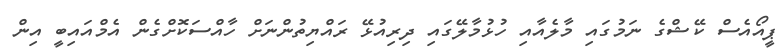
ޕީއޯއެސް ކޭޝްގެ ނަމުގައި މާލެއާއި ހުޅުމާލޭގައި ދިރިއުޅޭ ރައްޔިތުންނަށް ހާއްސަކޮށްގެން އެމްއައިބީ އިން